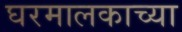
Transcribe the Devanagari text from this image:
घरमालकाच्या